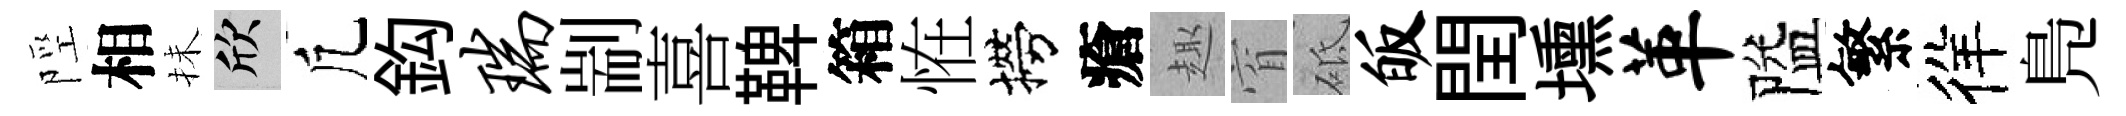
陘相抺欣凢鈎瑞剬喜鞞箱恠撈瘡趣窅砥皈閏壎革隘繁徉鳬